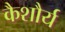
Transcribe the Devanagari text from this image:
कैशौर्य